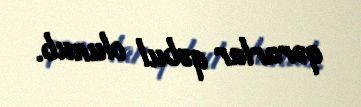
qərarlar qəbul olunub.